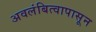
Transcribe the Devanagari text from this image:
अवलंबित्वापासून